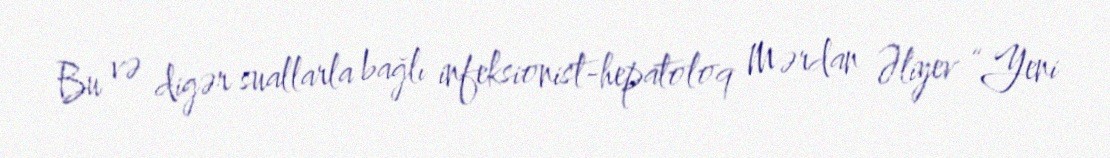
Bu və digər suallarla bağlı infeksionist-hepatoloq Mərdan Əliyev “Yeni